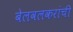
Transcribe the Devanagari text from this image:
बेलवलकरांची